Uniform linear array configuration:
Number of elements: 32
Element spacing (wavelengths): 0.75
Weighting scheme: exponential
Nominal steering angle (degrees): -60
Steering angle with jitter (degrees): -58.895
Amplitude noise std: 0.05
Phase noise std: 0.05

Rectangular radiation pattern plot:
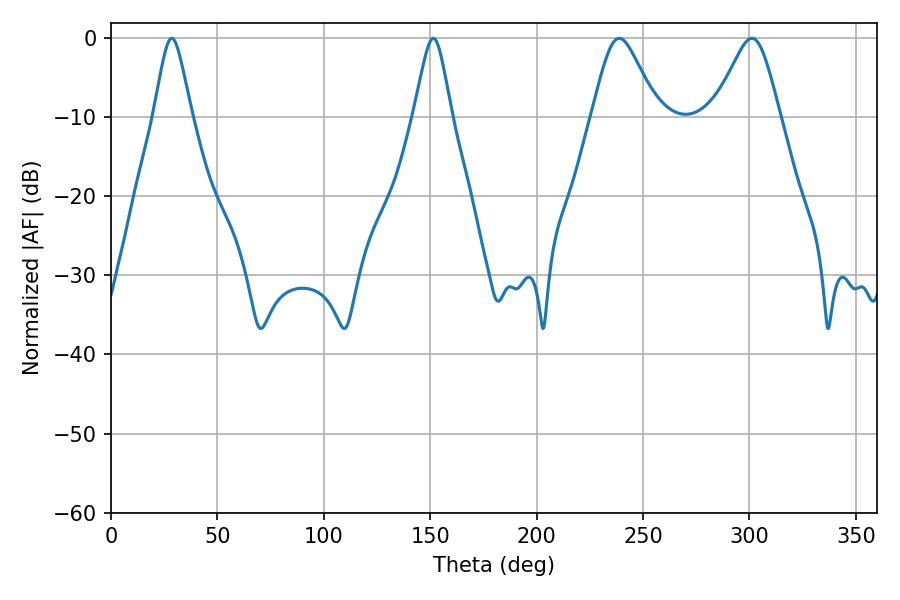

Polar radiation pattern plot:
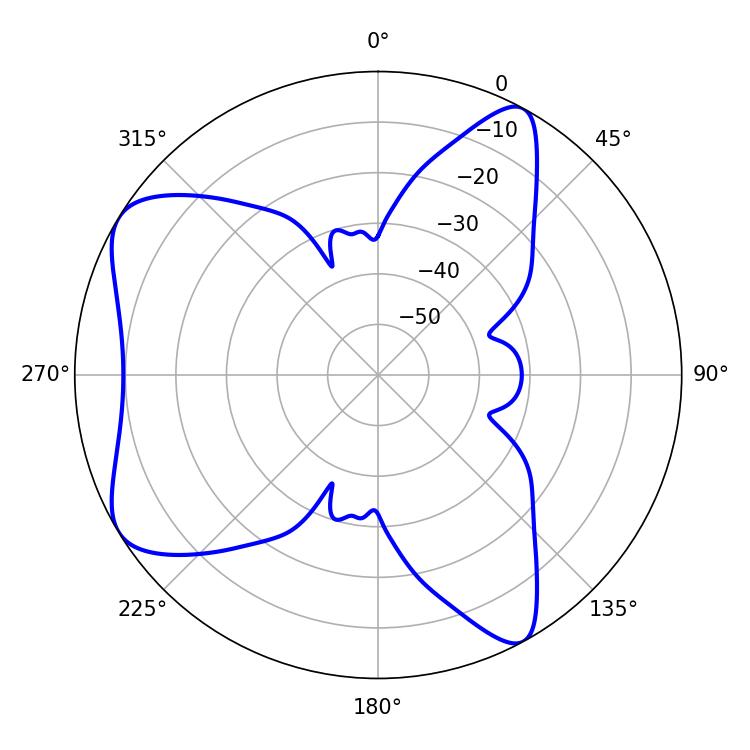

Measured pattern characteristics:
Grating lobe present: TRUE
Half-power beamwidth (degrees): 14.94
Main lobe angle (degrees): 238.86